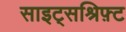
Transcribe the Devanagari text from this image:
साइट्सश्रिफ़्ट